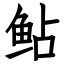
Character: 鲇